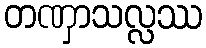
တဏှာသလ္လဿ